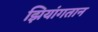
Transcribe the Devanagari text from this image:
झियांगतान